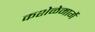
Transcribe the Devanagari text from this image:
कशेळेमार्गे